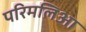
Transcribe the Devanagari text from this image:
परिमलिआ